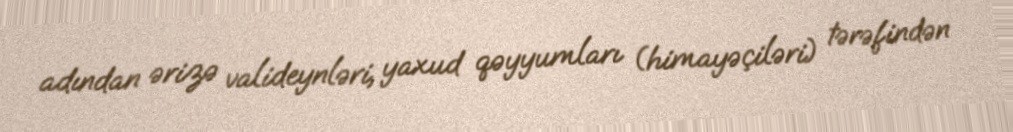
adından ərizə valideynləri, yaxud qəyyumları (himayəçiləri) tərəfindən